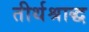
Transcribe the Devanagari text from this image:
तीर्थश्राद्ध